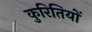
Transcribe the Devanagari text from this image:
कुरितियों